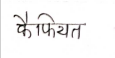
मजकूर: फैफियत